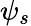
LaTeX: \psi_{s}